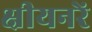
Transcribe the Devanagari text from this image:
क्षीयनरें